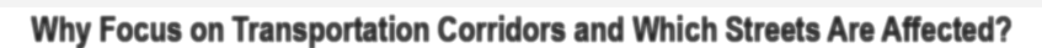
Why Focus on Transportation Corridors and Which Streets Are Affected?